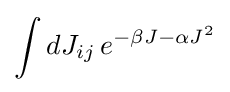
\int dJ_{ij}\,e^{-\beta J-\alpha J^{2}}